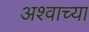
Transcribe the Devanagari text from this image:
अश्वाच्या